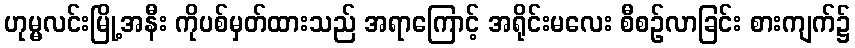
ဟုမ္မလင်းမြို့အနီး ကိုပစ်မှတ်ထားသည် အရာကြောင့် အရိုင်းမလေး စီစဉ်လာခြင်း စားကျက်၌